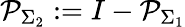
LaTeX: \mathcal{P}_{\Sigma_{2}}:=I-\mathcal{P}_{\Sigma_{1}}